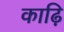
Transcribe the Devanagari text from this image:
काढ़ि